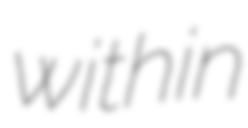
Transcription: within